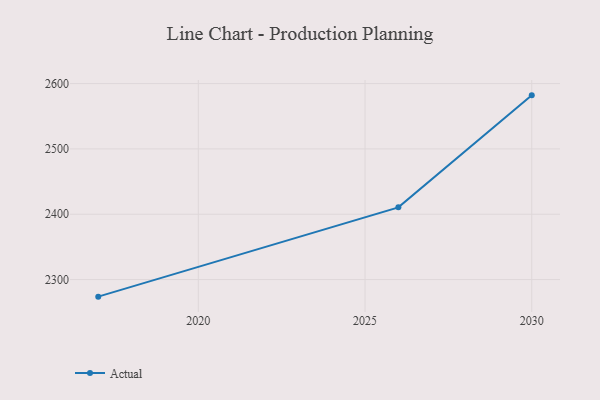
{"axis": {"x": "Year", "y": "Satisfaction Score"}, "legend": ["Actual"], "data": [{"x": "2030", "y": 2582.0, "type": "Actual"}, {"x": "2026", "y": 2410.5, "type": "Actual"}, {"x": "2017", "y": 2273.8, "type": "Actual"}]}